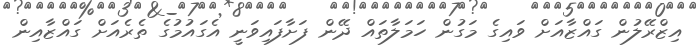
އިޒްރޭލުން ގައްޒާއަށް ވައިގެ މަގުން ހަމަލާތައް ދޭން ފަށާފައިވަނީ އެގައުމުގެ ތެރެއަށް ގައްޒާއިން